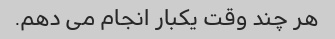
هر چند وقت یکبار انجام می دهم.